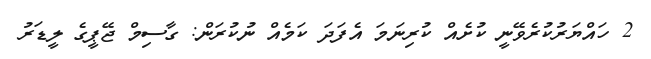
2 ހައްޔަރުކުރެވޭނީ ކުށެއް ކުރިނަމަ އެފަދަ ކަމެއް ނުކުރަން: ގާސިމް ޖޭޕީގެ ލީޑަރު